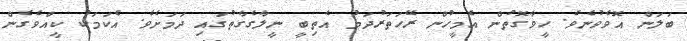
ބަލަން އޮވެވުނެވެ. ހީވާގޮތުން އެމީހުން ރޭހަތަރުދަމު އެތިބީ ނީލާގެގާތުގައި ދަމަށެވެ. އެކަމަކު ކީއްވެގެން